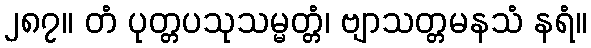
၂၈၇။ တံ ပုတ္တပသုသမ္မတ္တံ၊ ဗျာသတ္တမနသံ နရံ။